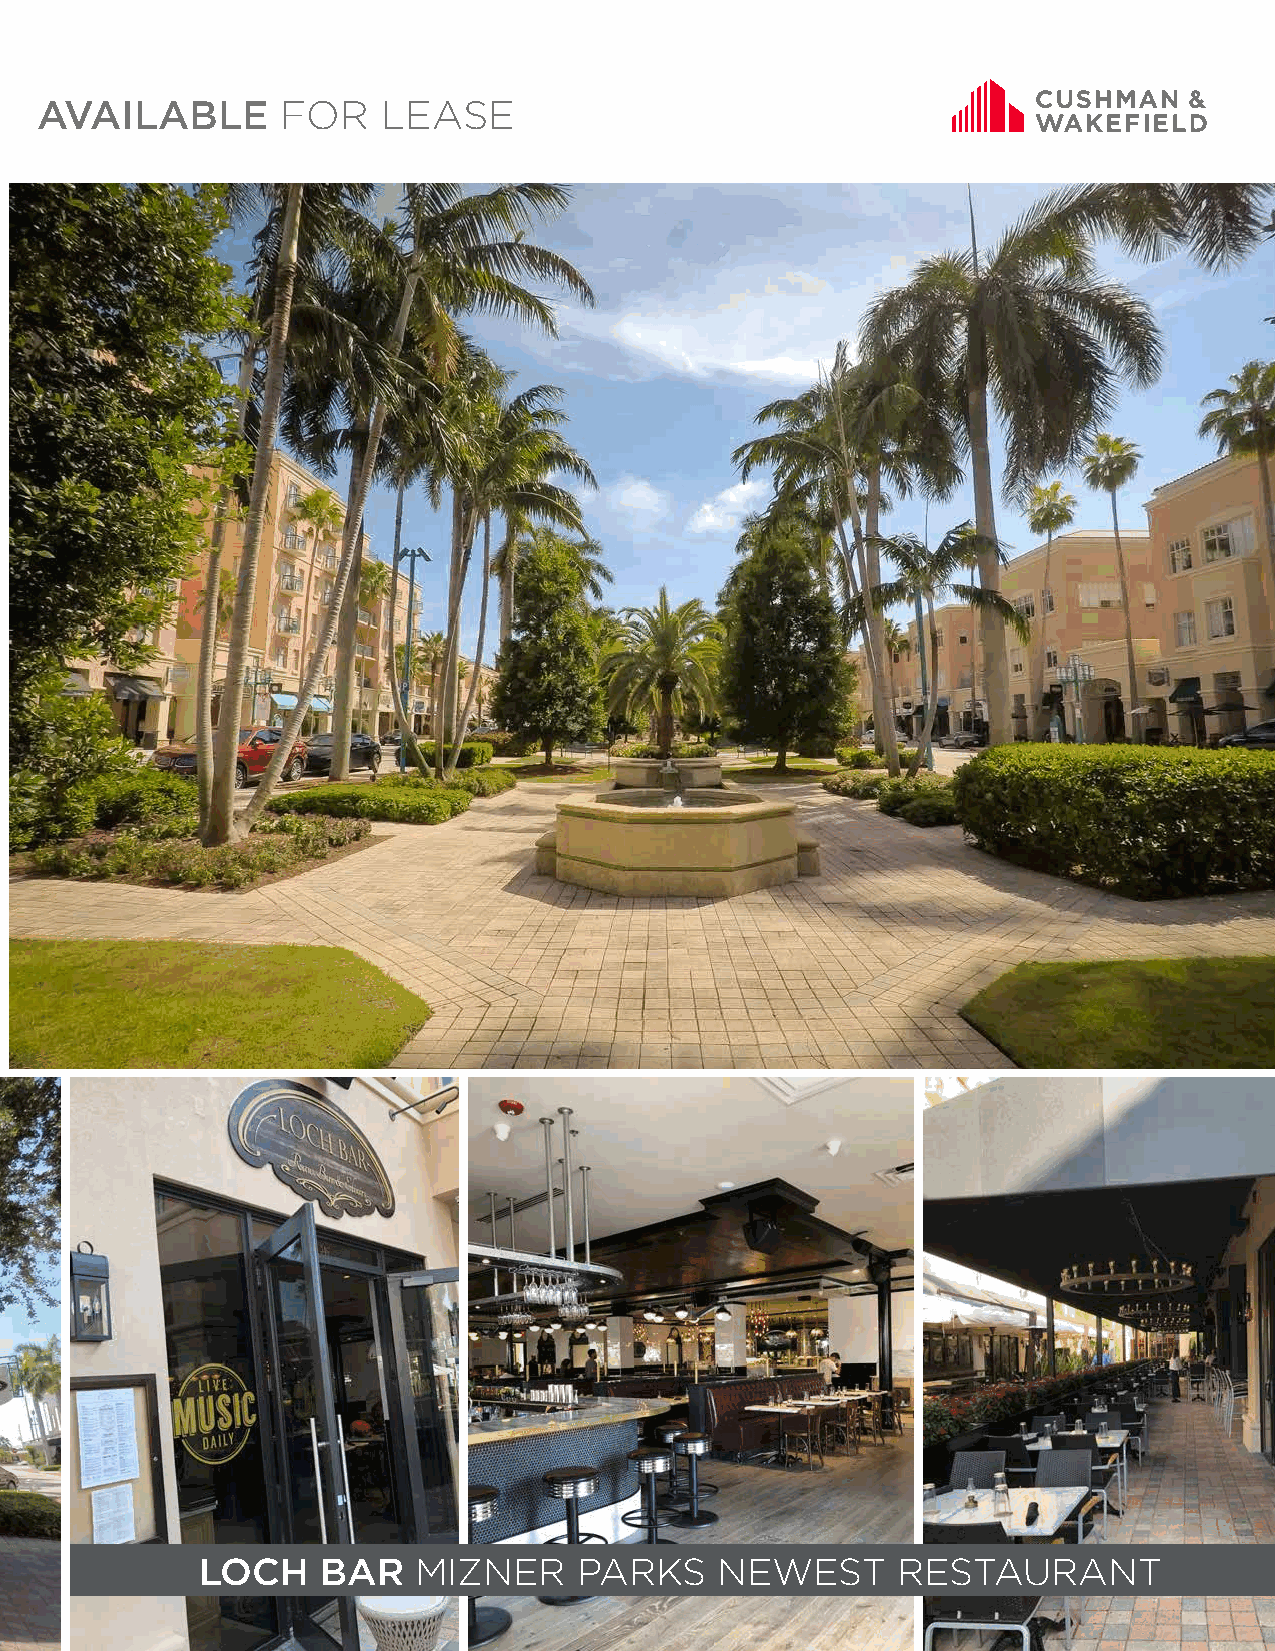
AVAILABLE        FOR   LEASE
 LOCH    BAR   MIZNER     PARKS     NEWEST     RESTAURANT